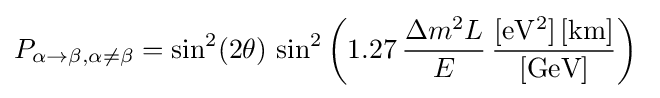
P_{\alpha \rightarrow \beta ,\alpha \neq \beta }=\sin ^{2}(2\theta )\,\sin ^{2}\left(1.27\,{\frac {\Delta m^{2}L}{E}}\,{\frac {\rm {[eV^{2}]\,[km]}}{\rm {[GeV]}}}\right)~